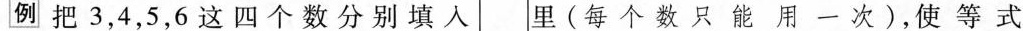
例 把3，4，5，6这四个数分别填入 \Box 里(每个数只能用一次)，使等式